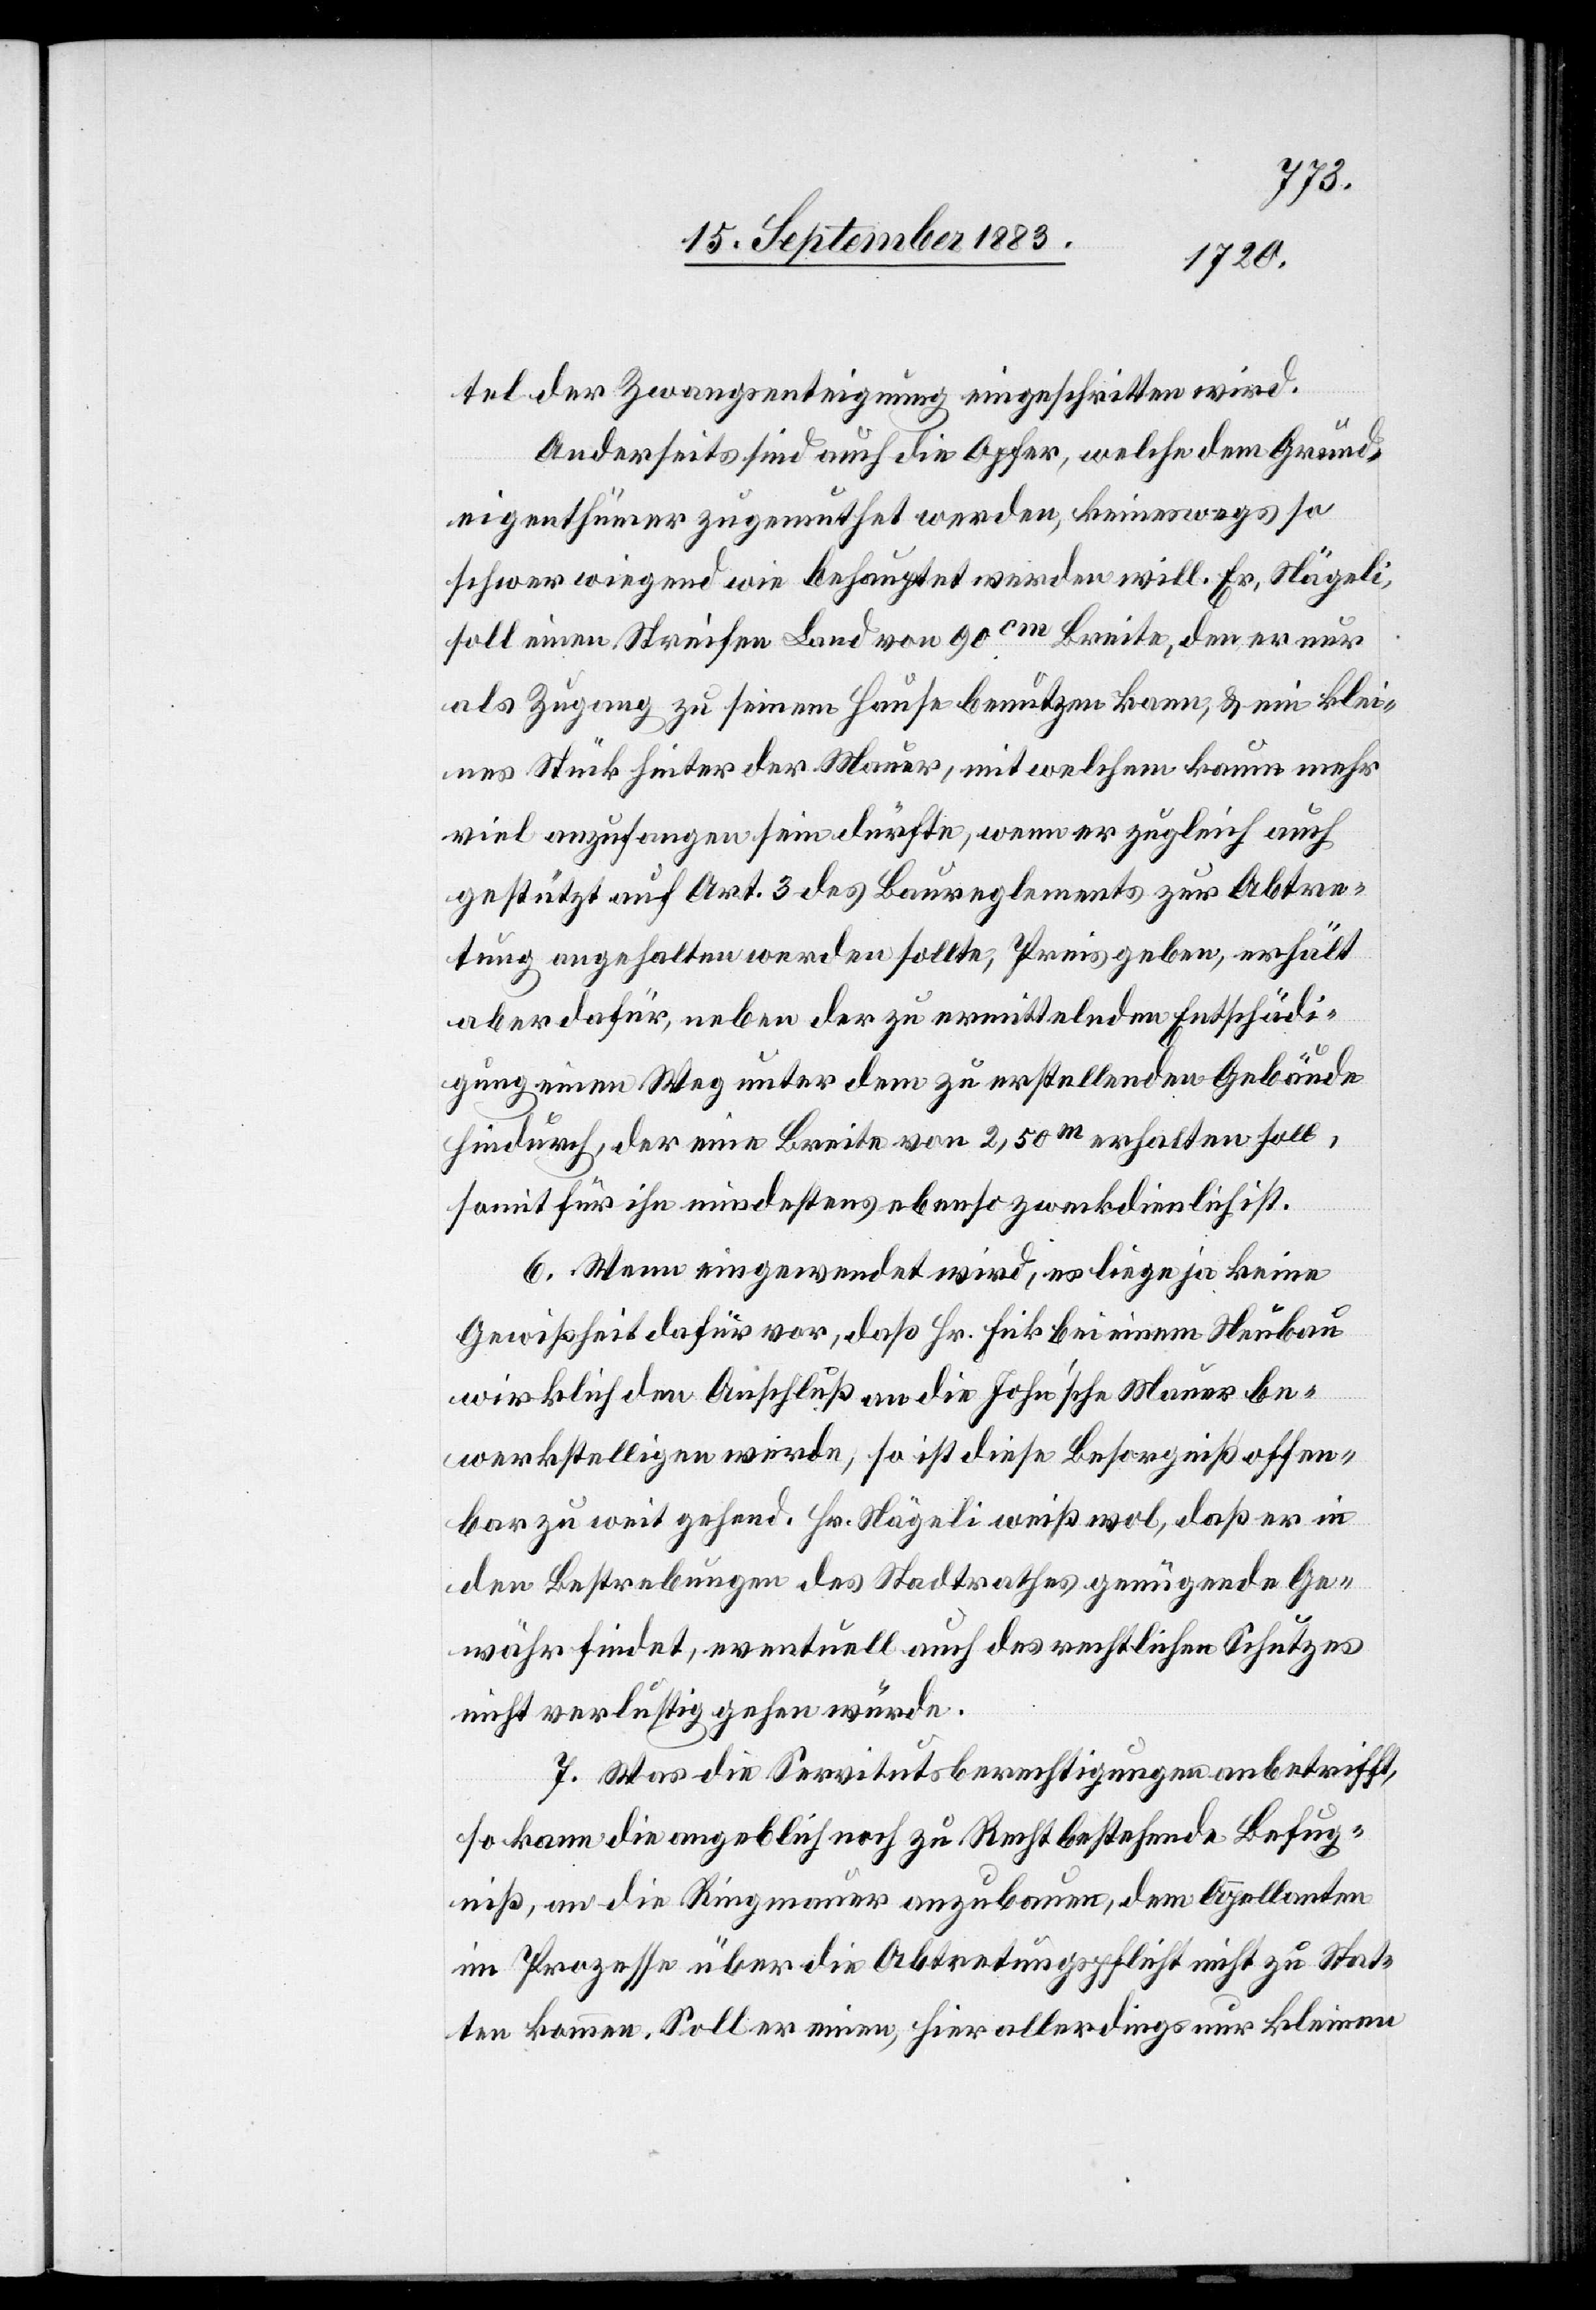
tel der Zwangsenteignung eingeschritten wird.
Anderseits sind auch die Opfer, welche dem Grund¬
eigenthümer zugemuthet werden, keineswegs so
schwerwiegend wie behauptet werden will. Er, Nägeli,
soll einen Streifen Land von 90cm Breite, den er nur
als Zugang zu seinem Hause benutzen kann, & ein klei¬
nes Stück hinter der Mauer, mit welchem kaum mehr
viel anzufangen sein dürfte, wenn er zugleich auch
gestützt auf Art. 3 des Baureglement zur Abtre¬
tung angehalten werden sollte, Preis geben, erhält
aber dafür, neben der zu ermittelnden Entschädi¬
gung einen Weg unter dem zu erstellenden Gebäude
hindurch, der eine Breite von 2,50m erhalten soll,
somit für ihn mindestens ebenso zweckdienlich ist.
6. Wenn eingewendet wird, es liege ja keine
Gewißheit dafür vor, daß Hr. Fick bei einem Neubau
wirklich den Anschluß an die John’sche Mauer be¬
werkstelligen werde, so ist diese Besorgniß offen¬
bar zu weit gehend. Hr. Nägeli weiß wol, daß er in
den Bestrebungen des Stadtrathes genügende Ge¬
währ findet, eventuell auch des rechtlichen Schutzes
nicht verlustig gehen würde.
7. Was die Servitutsberechtigungen anbetrifft,
so kann die angeblich noch zu Recht bestehende Befug¬
niß, an die Ringmauer anzubauen, dem Appellanten
im Prozesse über die Abtretungspflicht nicht zu Stat¬
ten kommen. Soll er einen, hier allerdings nur kleinen